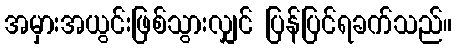
အမှားအယွင်းဖြစ်သွားလျှင် ပြန်ပြင်ရခက်သည်။